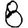
Digit: 8